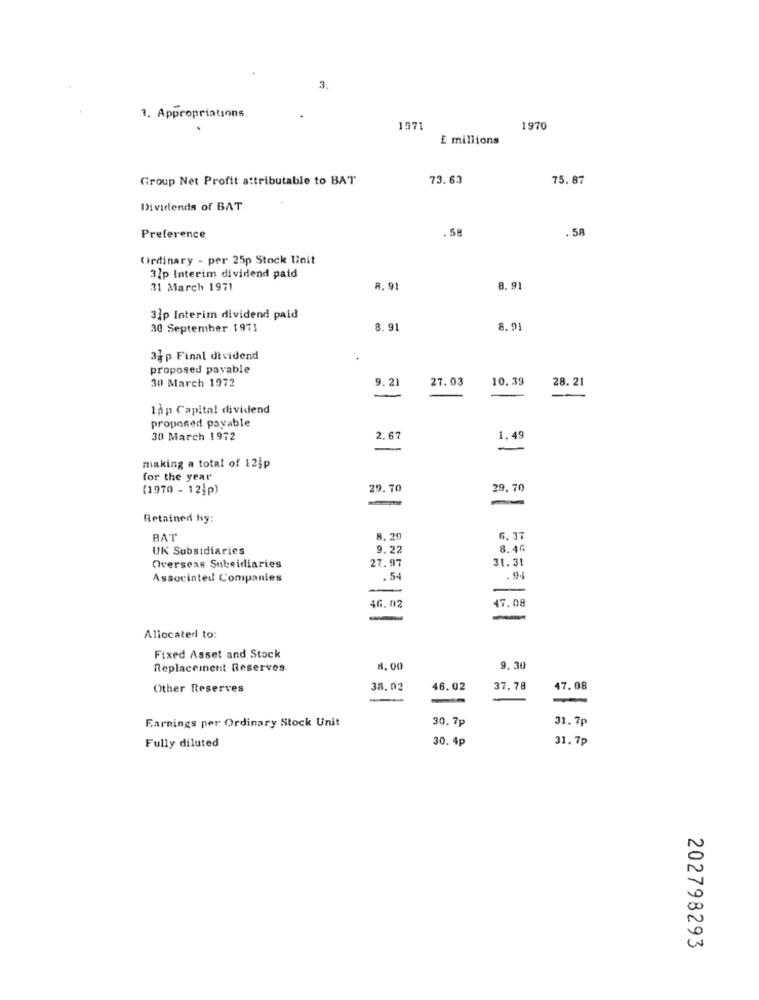
3.
1. Appropriations.
1971
1970
E millions
Group Net Profit attributable to BAT
73.63
75.87
Dividends of BAT
.58
.58
Preference
Ordinary - per 25p Stock Unit
31p Interim dividend paid
31 March 1971
8. 9
8.91
31p Interim dividend paid
30 September 1971
8. 91
8.91
33 p Final dividend
proposed payable
30 March 1972
9. 2
27.03
10.39
28.21
-
1àp Capital dividend
proposed payable
30 March 1972
2.67
1.49
-
making a total of 12;p
for the year
(1970 - 12)p)
29.70
29.70
-
Retained hy:
BAT
8. 20
6.37
UK Subsidiaries
9.22
8.40
27.97
31. 31
Overseas Subsidiaries
Associated Companies
. 54
.9.
47.08
46. 02
-
Allocated to:
Fixed Asset and Stock
Replacement Reserves
8. 00
9.30
Other Reserves
38.02
46.02
37.78
47.08
30.7p
31.7p
Earnings per Ordinary Stock Unit
30.4p
31. 7p
Fully diluted
202798293